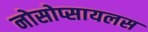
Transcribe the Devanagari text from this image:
नोसोप्सायलस